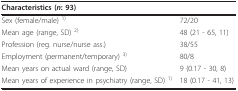
<table><thead><tr><td><b>Characteristics (<i>n</i>: 93)</b></td><td></td></tr></thead><tbody><tr><td>Sex (female/male) <sup>1)</sup></td><td>72/20</td></tr><tr><td>Mean age (range, SD) <sup>2)</sup></td><td>48 (21 - 65, 11)</td></tr><tr><td>Profession (reg. nurse/nurse ass.)</td><td>38/55</td></tr><tr><td>Employment (permanent/temporary) <sup>3)</sup></td><td>80/8</td></tr><tr><td>Mean years on actual ward (range, SD)</td><td>9 (0.17 - 30, 8)</td></tr><tr><td>Mean years of experience in psychiatry (range, SD) <sup>1)</sup></td><td>18 (0.17 - 41, 13)</td></tr></tbody></table>